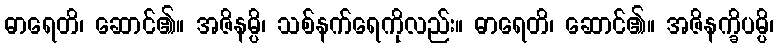
ဓာရေတိ၊ ဆောင်၏။ အဇိနမ္ပိ၊ သစ်နက်ရေကိုလည်း။ ဓာရေတိ၊ ဆောင်၏။ အဇိနက္ခိပမ္ပိ၊